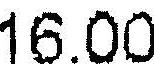
16.00